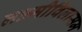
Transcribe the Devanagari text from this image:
लक्ष्मीविलासम